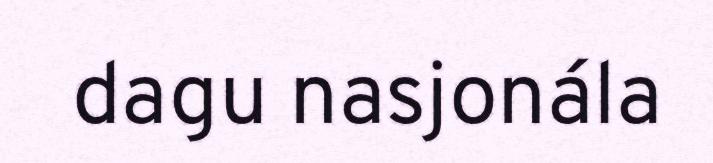
dagu nasjonála